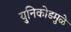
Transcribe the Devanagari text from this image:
युनिकोडमुळे